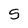
Character: 5